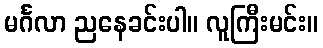
မင်္ဂလာ ညနေခင်းပါ။ လူကြီးမင်း။